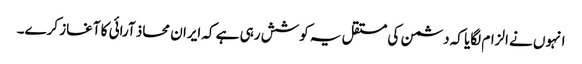
انہوں نے الزام لگایا کہ دشمن کی مستقل یہ کوشش رہی ہے کہ ایران محاذ آرائی کا آغاز کرے۔